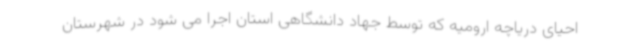
احیای دریاچه ارومیه که توسط جهاد دانشگاهی استان اجرا می شود در شهرستان